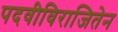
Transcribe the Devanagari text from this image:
पदवीविराजितेन